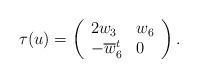
LaTeX: \begin{align*}\tau(u)=\left(\begin{array}{lll}2w_3 & w_6\\-\overline w_6^t & 0\end{array}\right).\end{align*}